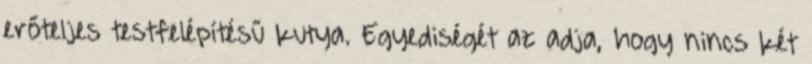
erőteljes testfelépítésű kutya. Egyediségét az adja, hogy nincs két